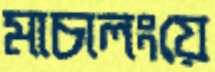
মাচালংয়ে